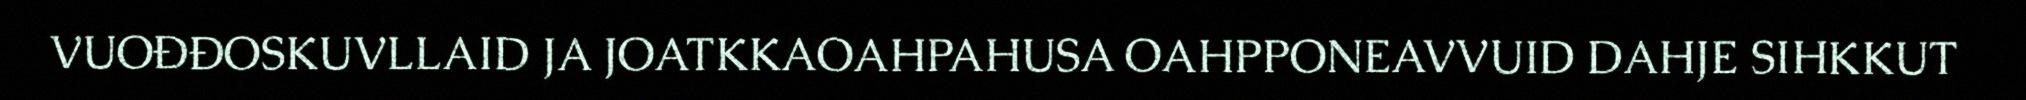
VUOĐĐOSKUVLLAID JA JOATKKAOAHPAHUSA OAHPPONEAVVUID DAHJE SIHKKUT